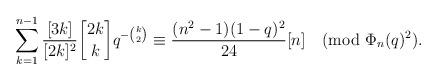
LaTeX: \begin{align*}\sum_{k=1}^{n-1}\frac{[3k]}{[2k]^2}{2k\brack k}q^{-{k\choose 2}}\equiv \frac{(n^2-1)(1-q)^2}{24}[n] \pmod{\Phi_n(q)^2}. \end{align*}